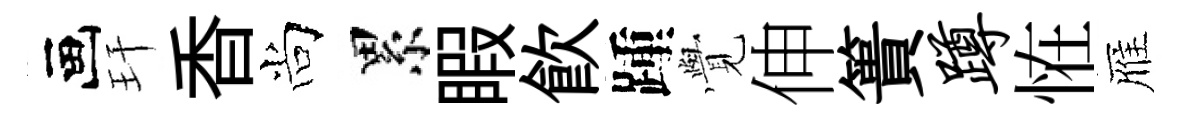
画玕香尚累睱飮踵𮗜伸簣蹲恠雁